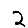
Digit: 2